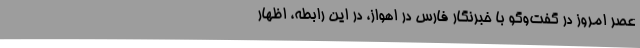
عصر امروز در گفت‌وگو با خبرنگار فارس در اهواز، در این رابطه، اظهار